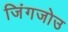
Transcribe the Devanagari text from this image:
जिंगजोउ